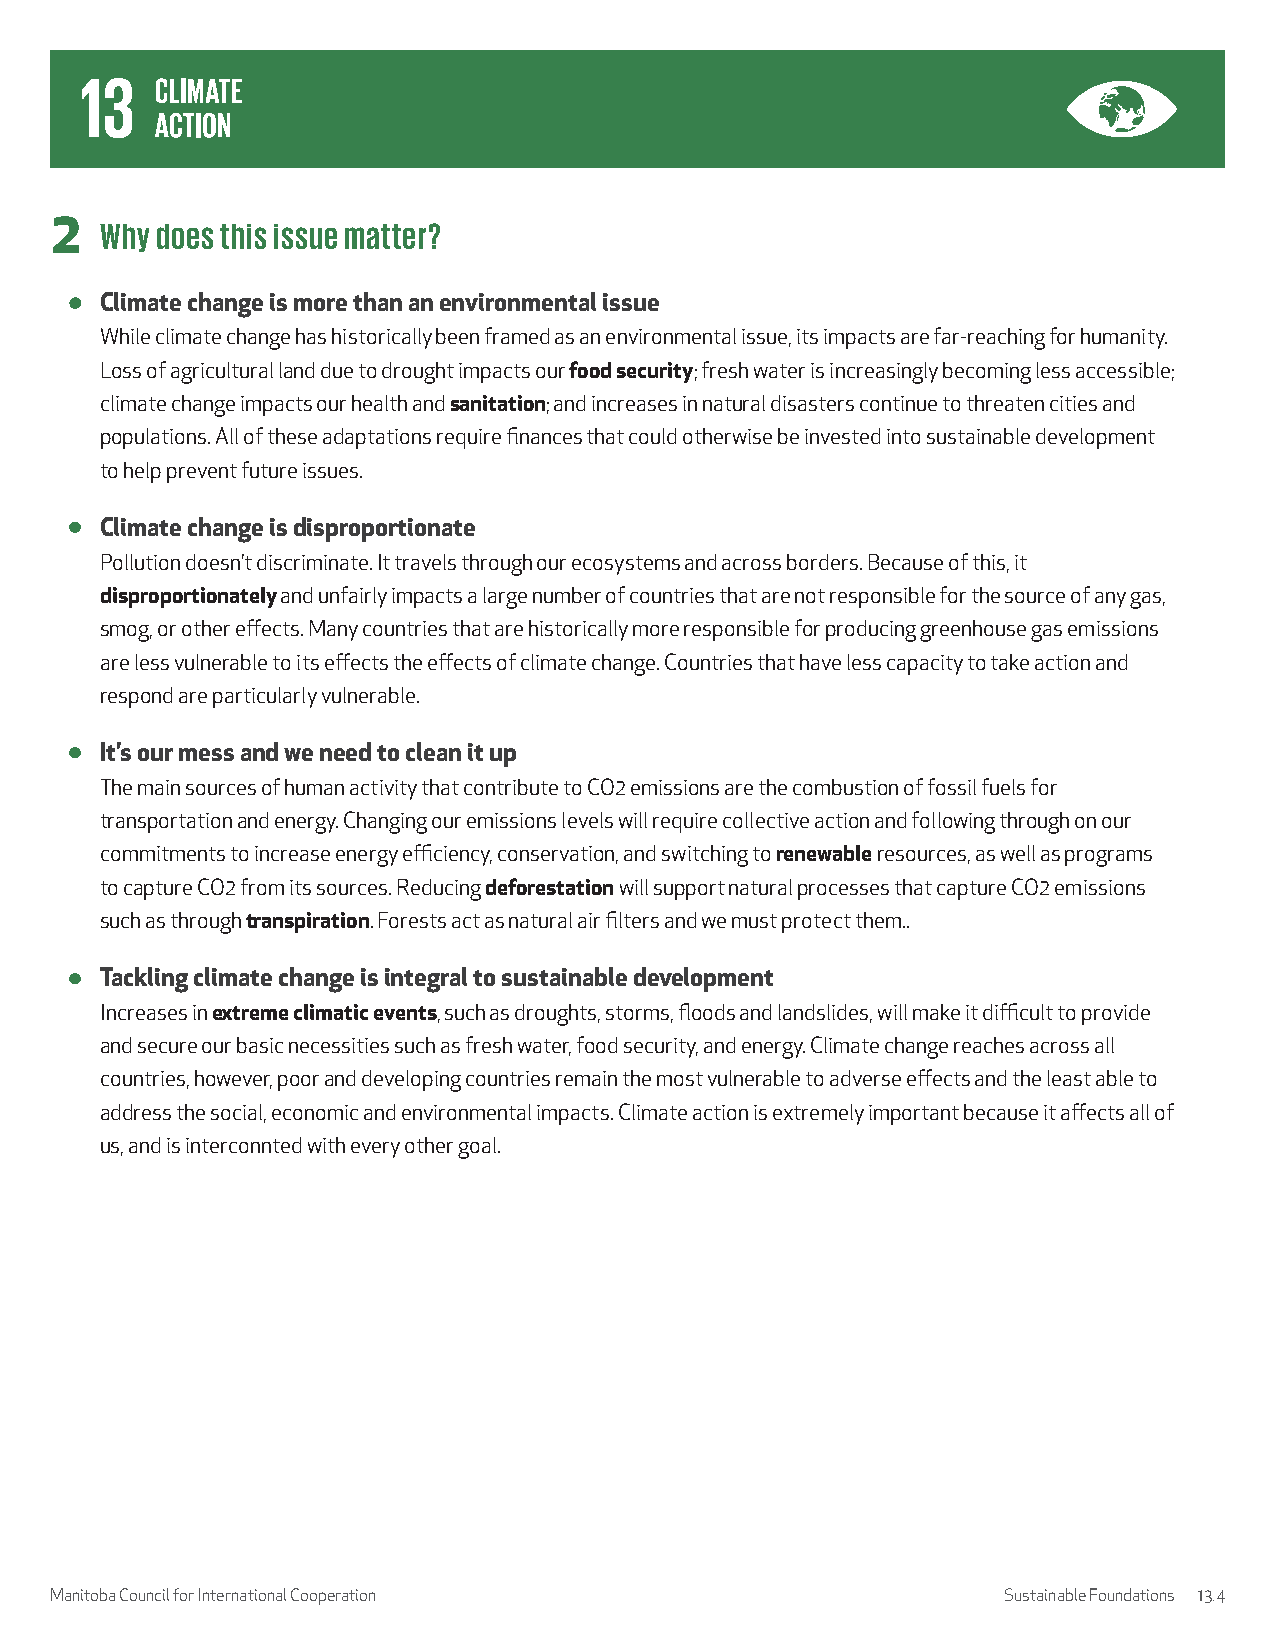
2   Why does this issue matter?
 Climate change is more than an environmental issue
 While climate change has historically been framed as an environmental issue, its impacts are far-reaching for humanity.
 Loss of agricultural land due to drought impacts our food security; fresh water is increasingly becoming less accessible;
 climate change impacts our health and sanitation; and increases in natural disasters continue to threaten cities and
 populations. All of these adaptations require finances that could otherwise be invested into sustainable development
 to help prevent future issues.
 Climate change is disproportionate
 Pollution doesn’t discriminate. It travels through our ecosystems and across borders. Because of this, it
 disproportionately and unfairly impacts a large number of countries that are not responsible for the source of any gas,
 smog, or other effects. Many countries that are historically more responsible for producing greenhouse gas emissions
 are less vulnerable to its effects the effects of climate change. Countries that have less capacity to take action and
 respond are particularly vulnerable.
 It’s our mess and we need to clean it up
 The main sources of human activity that contribute to CO2 emissions are the combustion of fossil fuels for
 transportation and energy. Changing our emissions levels will require collective action and following through on our
 commitments to increase energy efficiency, conservation, and switching to renewable resources, as well as programs
 to capture CO2 from its sources. Reducing deforestation will support natural processes that capture CO2 emissions
 such as through transpiration. Forests act as natural air filters and we must protect them..
 Tackling climate change is integral to sustainable development
 Increases in extreme climatic events, such as droughts, storms, floods and landslides, will make it difficult to provide
 and secure our basic necessities such as fresh water, food security, and energy. Climate change reaches across all
 countries, however, poor and developing countries remain the most vulnerable to adverse effects and the least able to
 address the social, economic and environmental impacts. Climate action is extremely important because it affects all of
 us, and is interconnted with every other goal.
 Manitoba Council for International Cooperation                 Sustainable Foundations 13.4